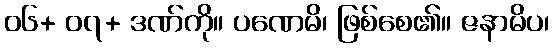
၀၆+ ၀၇+ ဒဏ်ကို။ ပဏေမိ၊ ဖြစ်စေ၏။ ဇနာမိပ၊